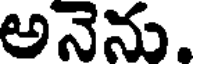
అనెను.